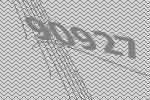
90927